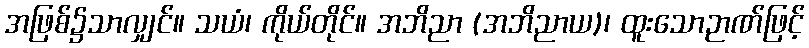
အဖြစ်၌သာလျှင်။ သယံ၊ ကိုယ်တိုင်။ အဘိညာ (အဘိညာယ)၊ ထူးသောဉာဏ်ဖြင့်